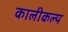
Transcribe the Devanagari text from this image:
कालीकल्प